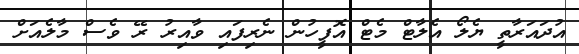
އުދައަރާތީ ޔެލޯ އެލާޓް މެޓް އޮފީހުން ނެރިފައި ވާއިރު ރޭ ވެސް މާލެއަށް